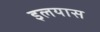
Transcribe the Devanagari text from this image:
इलयास